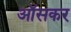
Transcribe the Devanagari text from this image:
ऑसकर